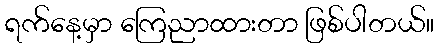
ရက်နေ့မှာ ကြေညာထားတာ ဖြစ်ပါတယ်။